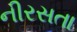
નીરસતા